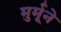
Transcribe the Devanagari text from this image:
मुर्मूने